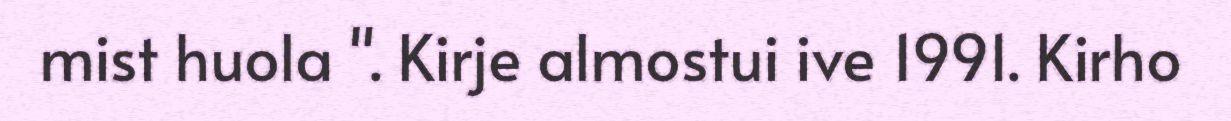
mist huola ". Kirje almostui ive 1991. Kirho